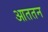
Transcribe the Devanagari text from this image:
आततन